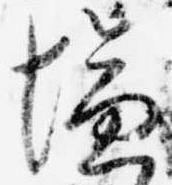
塩